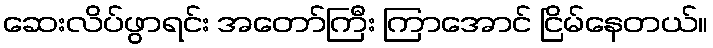
ဆေးလိပ်ဖွာရင်း အတော်ကြီး ကြာအောင် ငြိမ်နေတယ်။